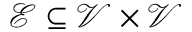
\mathcal { E } \subseteq \mathcal { V } \times \mathcal { V }